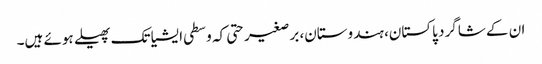
ان کے شاگرد پاکستان، ہندوستان، برصغیر حتی کہ وسطی ایشیا تک پھیلے ہوئے ہیں۔